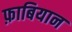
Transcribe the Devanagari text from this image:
फ़ाबियान